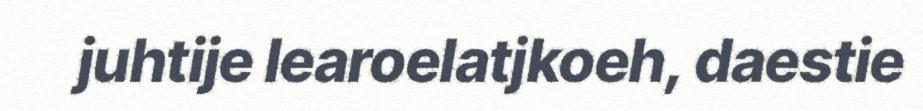
juhtije learoelatjkoeh, daestie